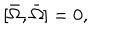
[ \bar { \Omega } , \bar { \Omega } ] = 0 ,